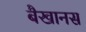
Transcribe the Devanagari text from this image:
बैखानस